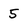
Character: 5